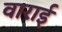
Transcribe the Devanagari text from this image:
वाराई